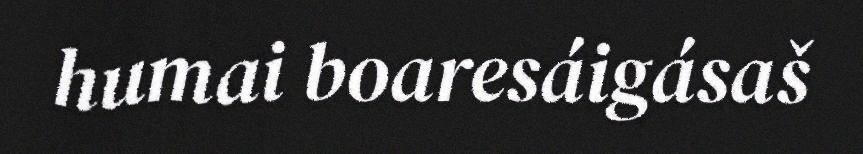
humai boaresáigásaš